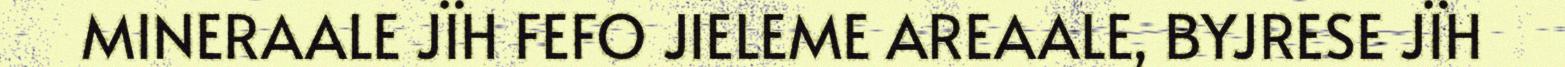
MINERAALE JÏH FEFO JIELEME AREAALE, BYJRESE JÏH